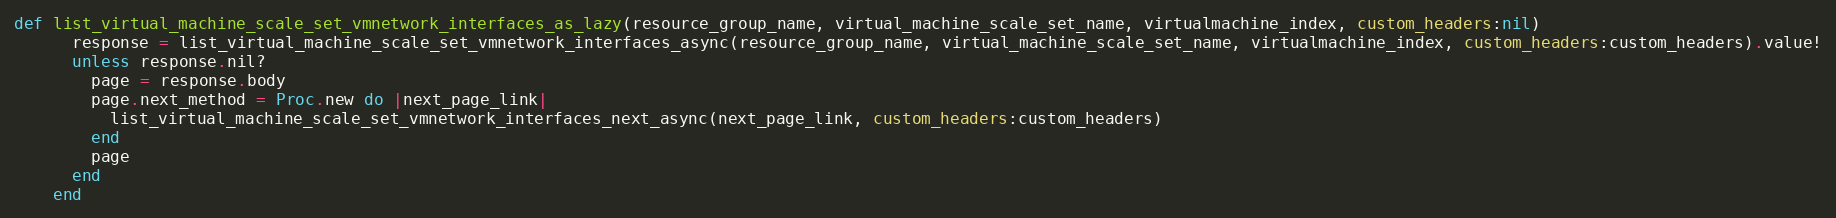
Language: Ruby
def list_virtual_machine_scale_set_vmnetwork_interfaces_as_lazy(resource_group_name, virtual_machine_scale_set_name, virtualmachine_index, custom_headers:nil)
      response = list_virtual_machine_scale_set_vmnetwork_interfaces_async(resource_group_name, virtual_machine_scale_set_name, virtualmachine_index, custom_headers:custom_headers).value!
      unless response.nil?
        page = response.body
        page.next_method = Proc.new do |next_page_link|
          list_virtual_machine_scale_set_vmnetwork_interfaces_next_async(next_page_link, custom_headers:custom_headers)
        end
        page
      end
    end